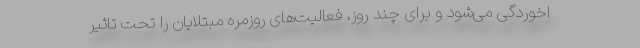
اخوردگی می‌شود و برای چند روز، فعالیت‌های روزمره مبتلایان را تحت تاثیر